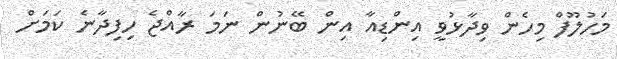
މަހުލޫފް މިހެން ވިދާޅުވީ އިންޑިއާ އިން ބޭނުން ނަމަ ރާއްޖެ ހިފިދާނެ ކަމަށް